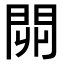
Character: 𨳹